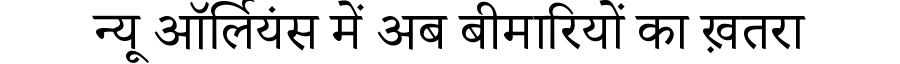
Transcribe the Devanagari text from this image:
न्यू ऑर्लियंस में अब बीमारियों का ख़तरा